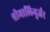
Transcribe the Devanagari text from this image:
श्रीमालिगुर्जर